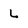
Character: L